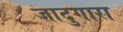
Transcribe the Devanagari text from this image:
जादुगारा